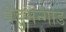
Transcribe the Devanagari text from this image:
नेडुमन्गाड